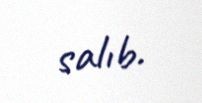
salıb.